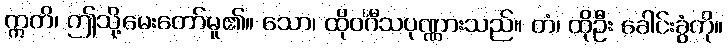
ဣတိ၊ ဤသို့မေးတော်မူ၏။ သော၊ ထိုဝင်္ဂီသပုဏ္ဏားသည်။ တံ၊ ထိုဦး ခေါင်းခွံကို။